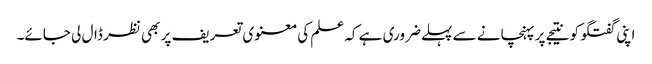
اپنی گفتگو کو نتیجے پر پہنچانے سے پہلے ضروری ہے کہ علم کی معنوی تعریف پر بھی نظر ڈال لی جائے۔